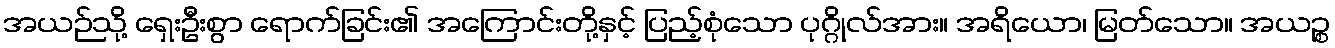
အယဉ်သို့ ရှေးဦးစွာ ရောက်ခြင်း၏ အကြောင်းတို့နှင့် ပြည့်စုံသော ပုဂ္ဂိုလ်အား။ အရိယော၊ မြတ်သော။ အယဉ္စ